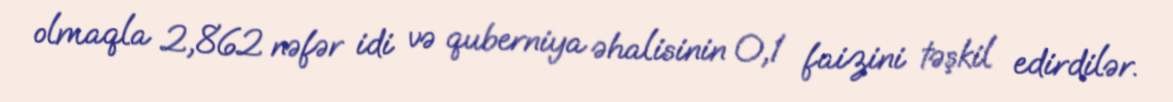
olmaqla 2,862 nəfər idi və quberniya əhalisinin 0,1 faizini təşkil edirdilər.